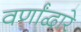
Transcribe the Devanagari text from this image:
वर्णांद्वारे